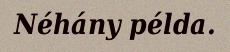
Néhány példa.